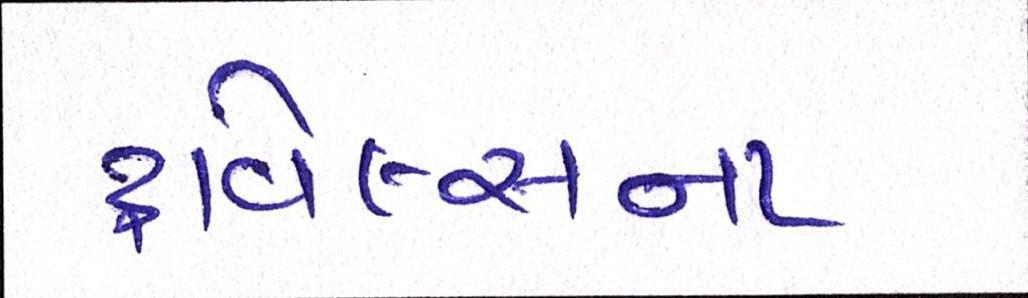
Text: ટ્રાવેલ્સના